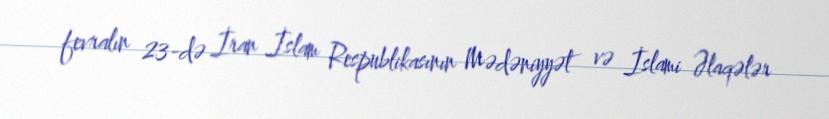
fevralın 23-də İran İslam Respublikasının Mədəniyyət və İslami Əlaqələr